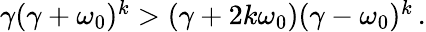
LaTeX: \begin{array}{r}{\gamma(\gamma+\omega_{0})^{k}>(\gamma+2k\omega_{0})(\gamma-\omega_{0})^{k}\, .}\end{array}